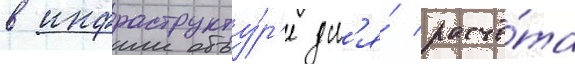
в инфраструкту́р'е дл'я́ расчё́та